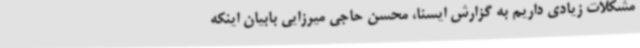
مشکلات زیادی داریم به گزارش ایسنا، محسن حاجی میرزایی بابیان اینکه